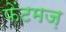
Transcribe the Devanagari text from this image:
फेंटमज़